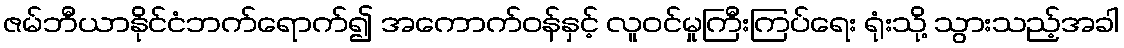
ဇမ်ဘီယာနိုင်ငံဘက်ရောက်၍ အကောက်ဝန်နှင့် လူဝင်မှုကြီးကြပ်ရေး ရုံးသို့ သွားသည့်အခါ